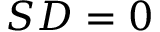
S D = 0